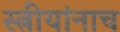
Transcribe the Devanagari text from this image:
स्त्रीयांनाच